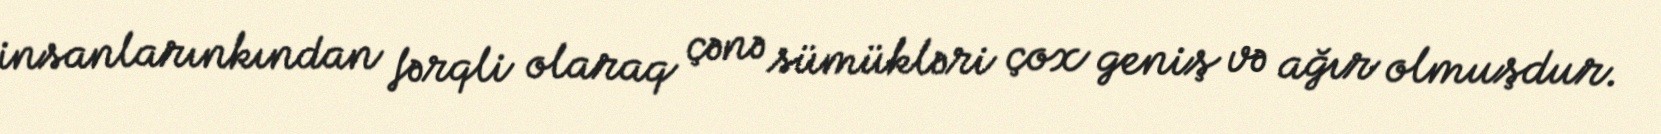
insanlarınkından fərqli olaraq çənə sümükləri çox geniş və ağır olmuşdur.